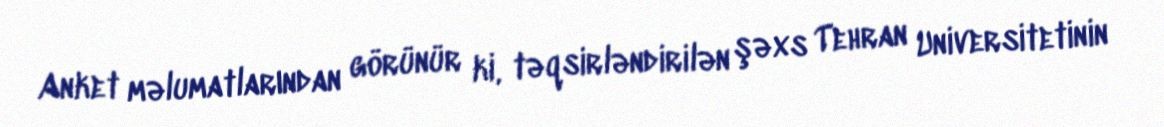
Anket məlumatlarından görünür ki, təqsirləndirilən şəxs Tehran Universitetinin